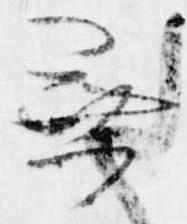
無